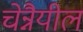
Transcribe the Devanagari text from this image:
चेन्नैयील